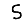
Digit: 5